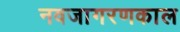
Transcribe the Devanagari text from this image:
नवजागरणकाल